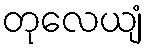
တုလေယျံ